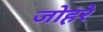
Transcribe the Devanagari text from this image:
जोहरे